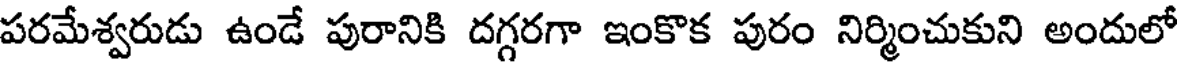
పరమేశ్వరుడు ఉండే పురానికి దగ్గరగా ఇంకొక పురం నిర్మించుకుని అందులో